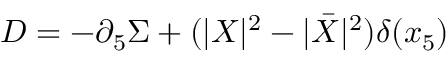
D = - \partial _ { 5 } \Sigma + ( | X | ^ { 2 } - | \bar { X } | ^ { 2 } ) \delta ( x _ { 5 } )